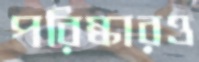
পরিষ্কারও